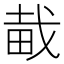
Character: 𤱱